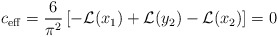
\begin{align*}c_{\rm eff}= {6\over{\pi^2}}\left[-{\cal L}(x_1)+{\cal L}(y_2)-{\cal L}(x_2)\right]=0\end{align*}